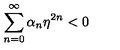
\sum _ { n = 0 } ^ { \infty } \alpha _ { n } \eta ^ { 2 n } < 0